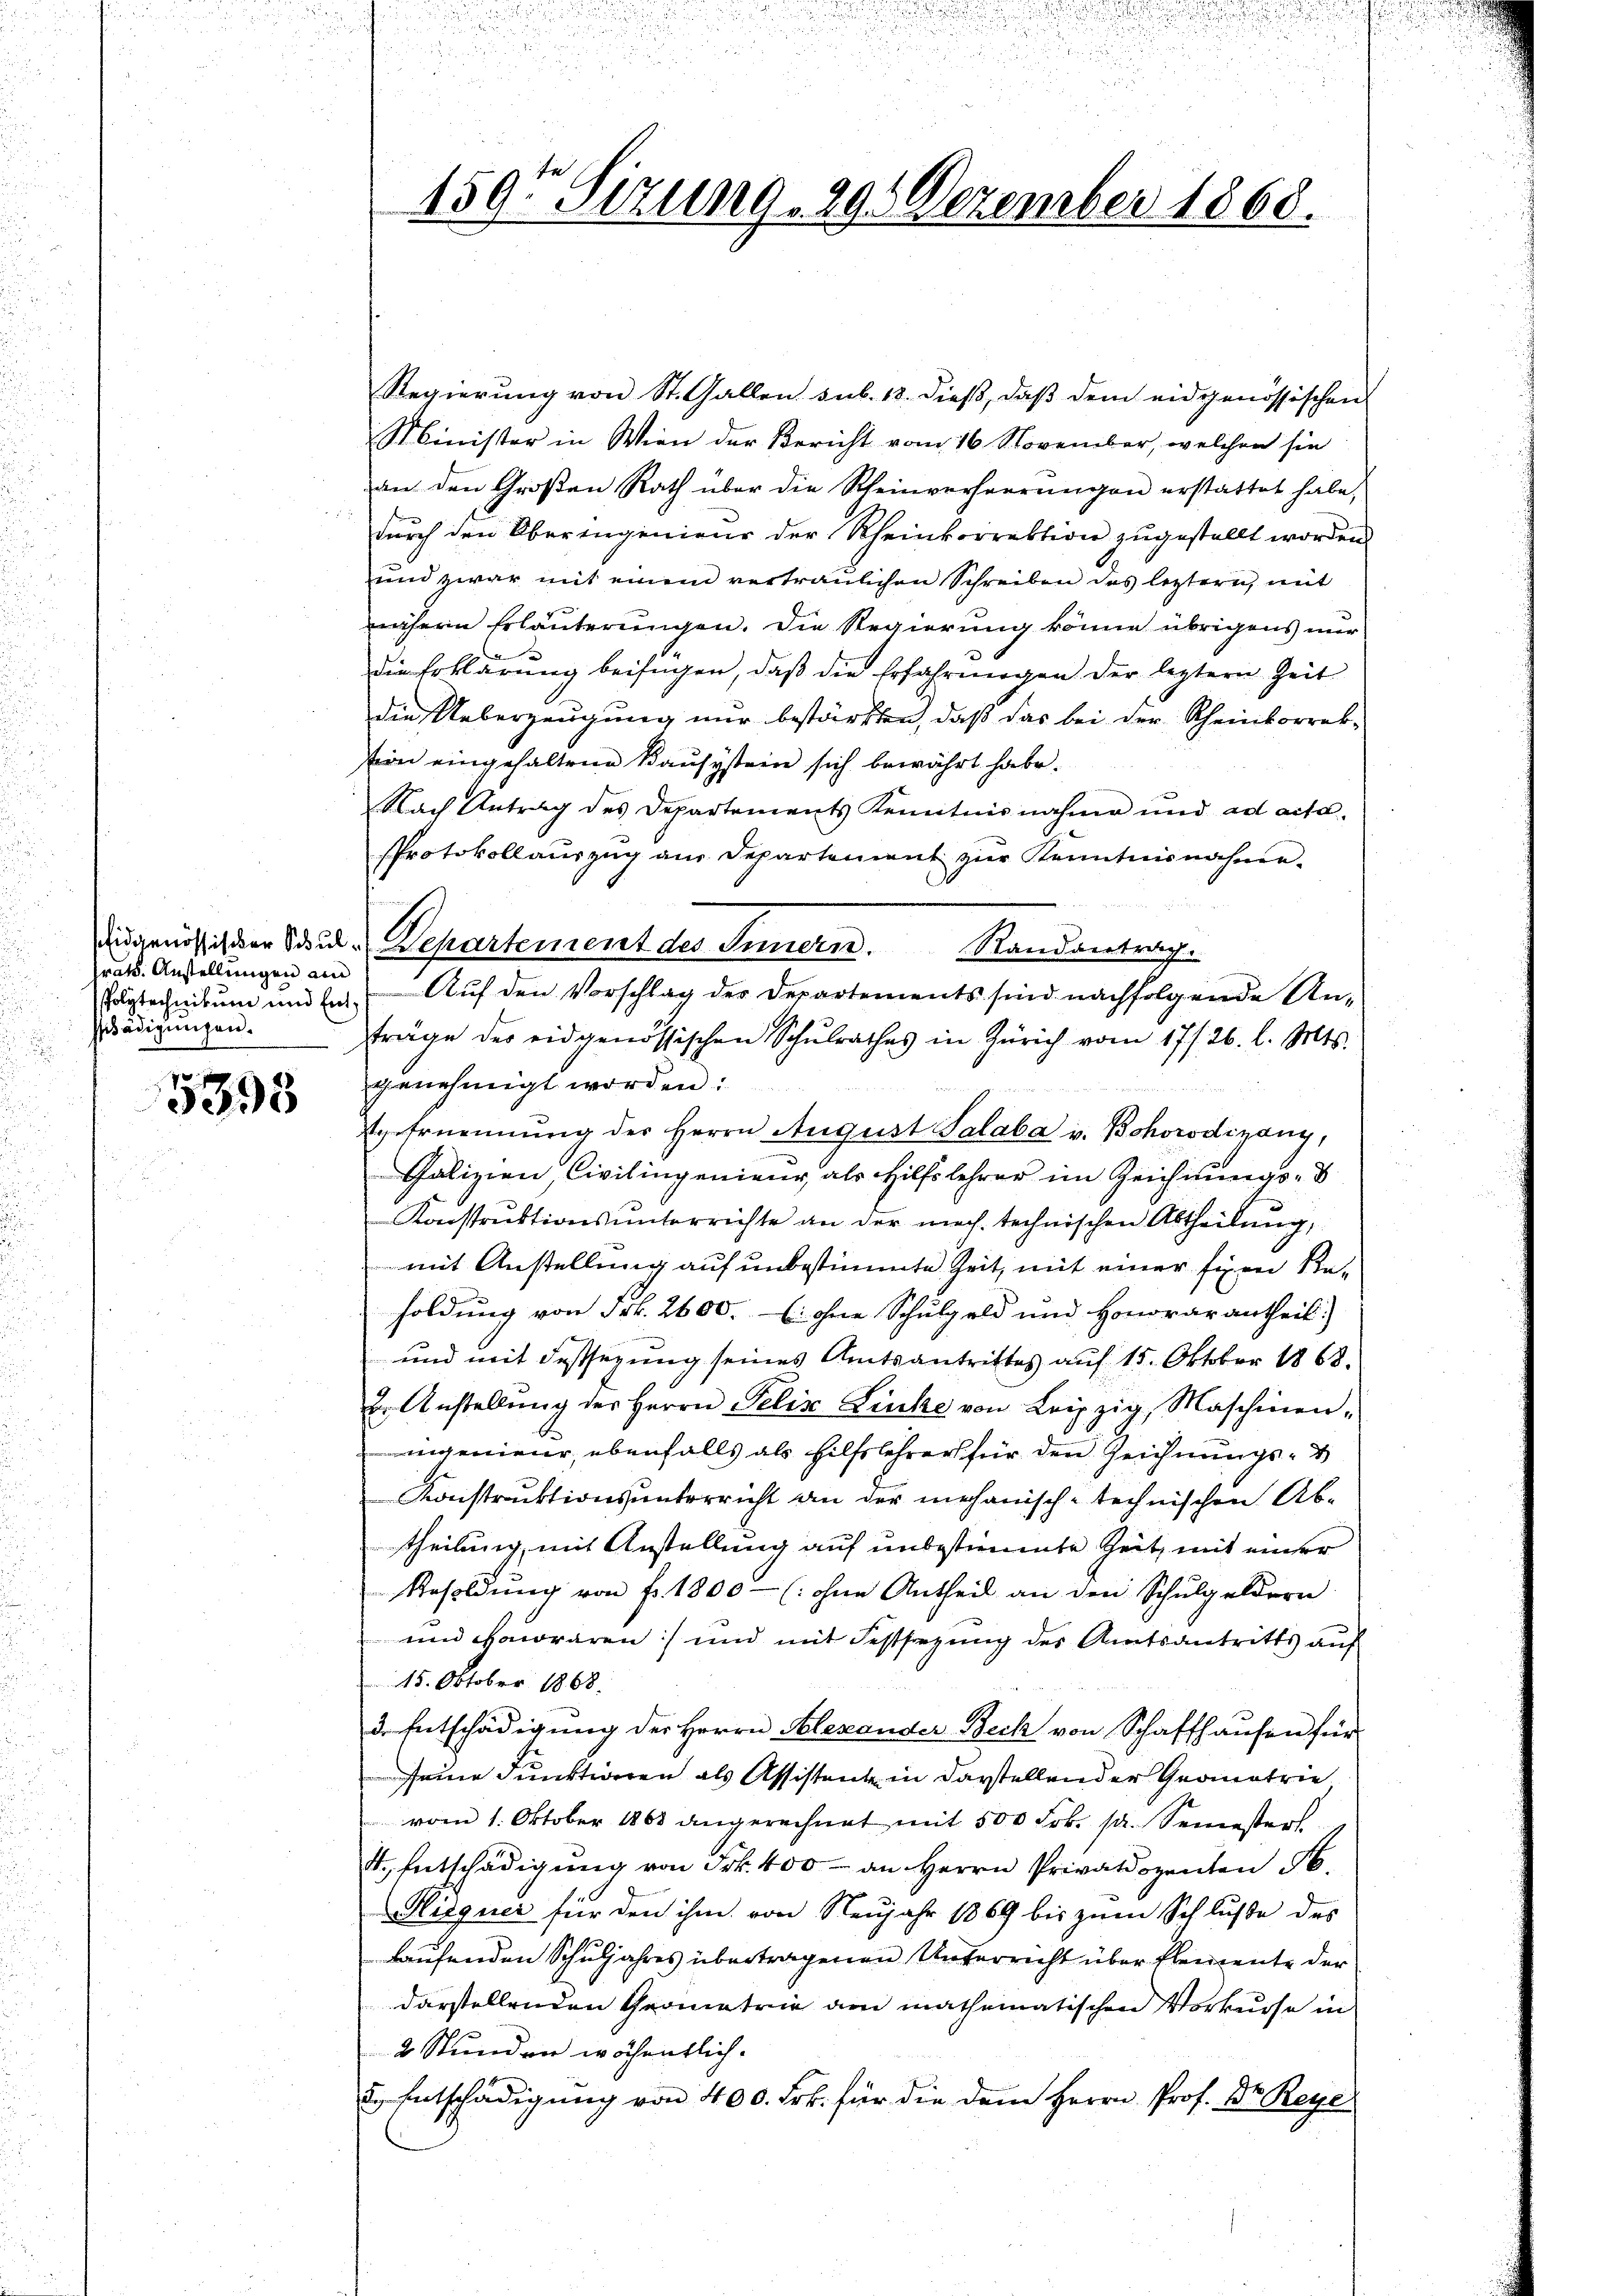
rät. Anstellungen ain
schädigungen.

5395

Regierung von St. Gallen sub. 18. dieß, daß dem eidgenössischen
Minister in Wien der Bericht vom 16. November, welchen sie
an den Großen Rath über die Rheinverheerungen erstattet habe,
durch den Oberingenieur der Rheinkorrektion zugestellt worden.
und zwar mit einem vertraulichen Schreiben des letztern, mit
nähern Erläuterungen. Die Regierung könne übrigens nur
die Erklärung beifügen, daß die Erfahrungen der leztern Zeit
die Ueberzeugung nur bestärkten, daß das bei der Scheinkorrektion eingehaltene Bausystein sich bewährt habe.
Nach Antrag des Departements Kenntnisnahme und ad acta.
PProtokollaŭszŭg an Departement zŭr Kenntnisnahme-
Aidgenössig der Sau-Departement des Innern. Randantrag.
Pagrechnikum und um Auf den Vorschlag der Departements sind nachfolgende Anträge des eidgenössischen Schŭlrathes in Zürich vom 17/26. l. Mts.
genehmigt worden:
g Ernennung des Herrn August Salaba v. Bohorodigang,
Galizien, Civilingenieur als Hilfslehrer im Zeichnungs-
Konstruktionsunterrichte an der mech. technischen Abtheilung,
mit Anstellung auf unbestimmte Zeit, mit einer füren Resoldung von Frk. 2600. u ohne Schulgeld und Honorar antheil.
und mit Festsezung seines Amtsantrittes auf 15. Oktober 1868.
u. Anstellŭng der Herrn Felix Lücke von Leipzig, Maschinen,
ingenieur, ebenfalls als Hilfslehrer für den Zeichnungs- &
Konstruktionsunterricht an der mechanisch-technischen Abtheilung, mit Anstellung auf unbestimmte Zeit, mit einer
Resoldŭng von fr. 1800- (: ohne Antheil an den Schŭlgeldern
und Hawraren) und mit Festsezung des Amtsantritts auf
15. Oktober 1868.
3. Entschädigung der Herrn Alexander Beck von Schaffhausen für
seine Funktionen als Assistente in darstellender Geometrie
vom 1. Oktober 1868 angerechnet mit 500 Frk. pr. Semesters
4. Entschädigung von Frk. 400 - an Herrn Privatdozenten 16.
Slisguer für den ihm von Neujahr 1869 bis zum Schluße des
laufenden Schuljahres übertragenen Unterricht über Plemente der
darstellenden Geometrie am mathematischen Vorkurse in
2 Stunden wöchentlich.
2. Entschädigung von 400. Frk. für die dem Herrn Prof. Dr. Rege

1597 Sizung , 296 Dezember 1868.